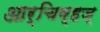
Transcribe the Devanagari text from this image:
आर्चिव्हज्